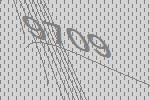
9709